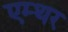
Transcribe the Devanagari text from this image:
एम्थर